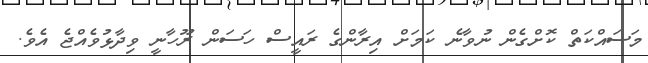
މަސައްކަތް ކޮށްގެން ނުވާނެ ކަމަށް އިރާންގެ ރައީސް ހަސަން ރޫހާނީ ވިދާޅުވެއްޖެ އެވެ.